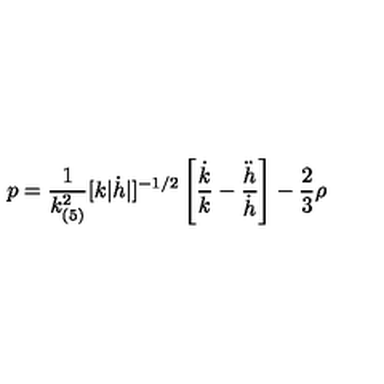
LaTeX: p = \frac { 1 } { k _ { ( 5 ) } ^ { 2 } } [ k | \dot { h } | ] ^ { - 1 / 2 } \left[ \frac { \dot { k } } { k } - \frac { \ddot { h } } { \dot { h } } \right] - \frac { 2 } { 3 } \rho